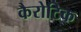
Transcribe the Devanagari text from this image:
कैरोटिक